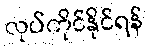
လုပ်ကိုင်နိုင်ရန်